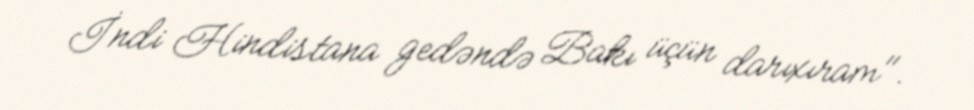
İndi Hindistana gedəndə Bakı üçün darıxıram".